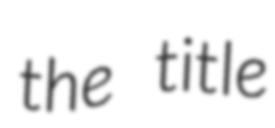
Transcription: the title